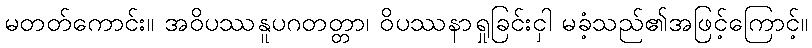
မတတ်ကောင်း။ အဝိပဿနူပဂတတ္တာ၊ ဝိပဿနာရှုခြင်းငှါ မခံ့သည်၏အဖြင့်ကြောင့်။